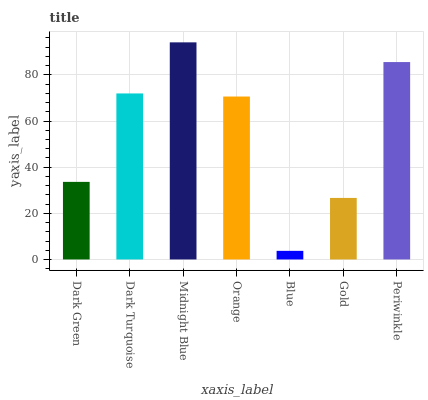
| xaxis_label | bars |
 | --- | --- |
 | Dark Green | 33.6 |
 | Dark Turquoise | 72 |
 | Midnight Blue | 94.1 |
 | Orange | 70.6 |
 | Blue | 3.73 |
 | Gold | 26.7 |
 | Periwinkle | 85.6 |